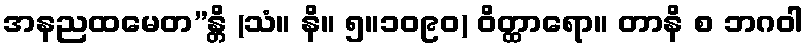
အနညထမေတ”န္တိ (သံ။ နိ။ ၅။၁၀၉၀) ဝိတ္ထာရော။ တာနိ စ ဘဂဝါ